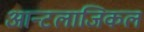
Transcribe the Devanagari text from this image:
आन्टलाजिकल